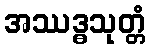
အဿဒ္ဓသုတ္တံ